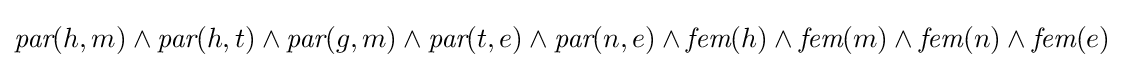
{\textit {par}}(h,m)\land {\textit {par}}(h,t)\land {\textit {par}}(g,m)\land {\textit {par}}(t,e)\land {\textit {par}}(n,e)\land {\textit {fem}}(h)\land {\textit {fem}}(m)\land {\textit {fem}}(n)\land {\textit {fem}}(e)